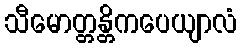
သီမောတ္တန္တိကပေယျာလံ